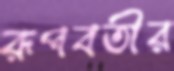
রূপবতীর